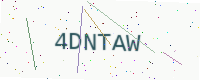
Text: 4DNTAW